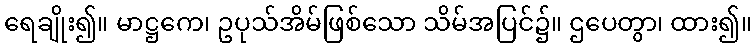
ရေချိုး၍။ မာဋ္ဌကေ၊ ဥပုသ်အိမ်ဖြစ်သော သိမ်အပြင်၌။ ဌပေတွာ၊ ထား၍။